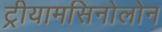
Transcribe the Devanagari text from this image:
ट्रीयामसिनोलोन